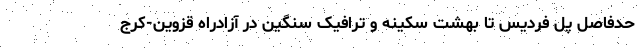
حدفاصل پل فردیس تا بهشت سکینه و ترافیک سنگین در آزادراه قزوین-کرج